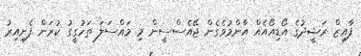
ފާއިޒް ރަޝީދުގެ އޯޑިއޯއެއް އާންމުވެގެން ޖޭއެސްސީން މި މައްސަލަ ތަހުގީގު ކުރަން ފެށިއިރު